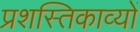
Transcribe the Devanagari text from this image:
प्रशस्तिकाव्यों